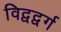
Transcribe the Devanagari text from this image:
विद्वद्वर्ग